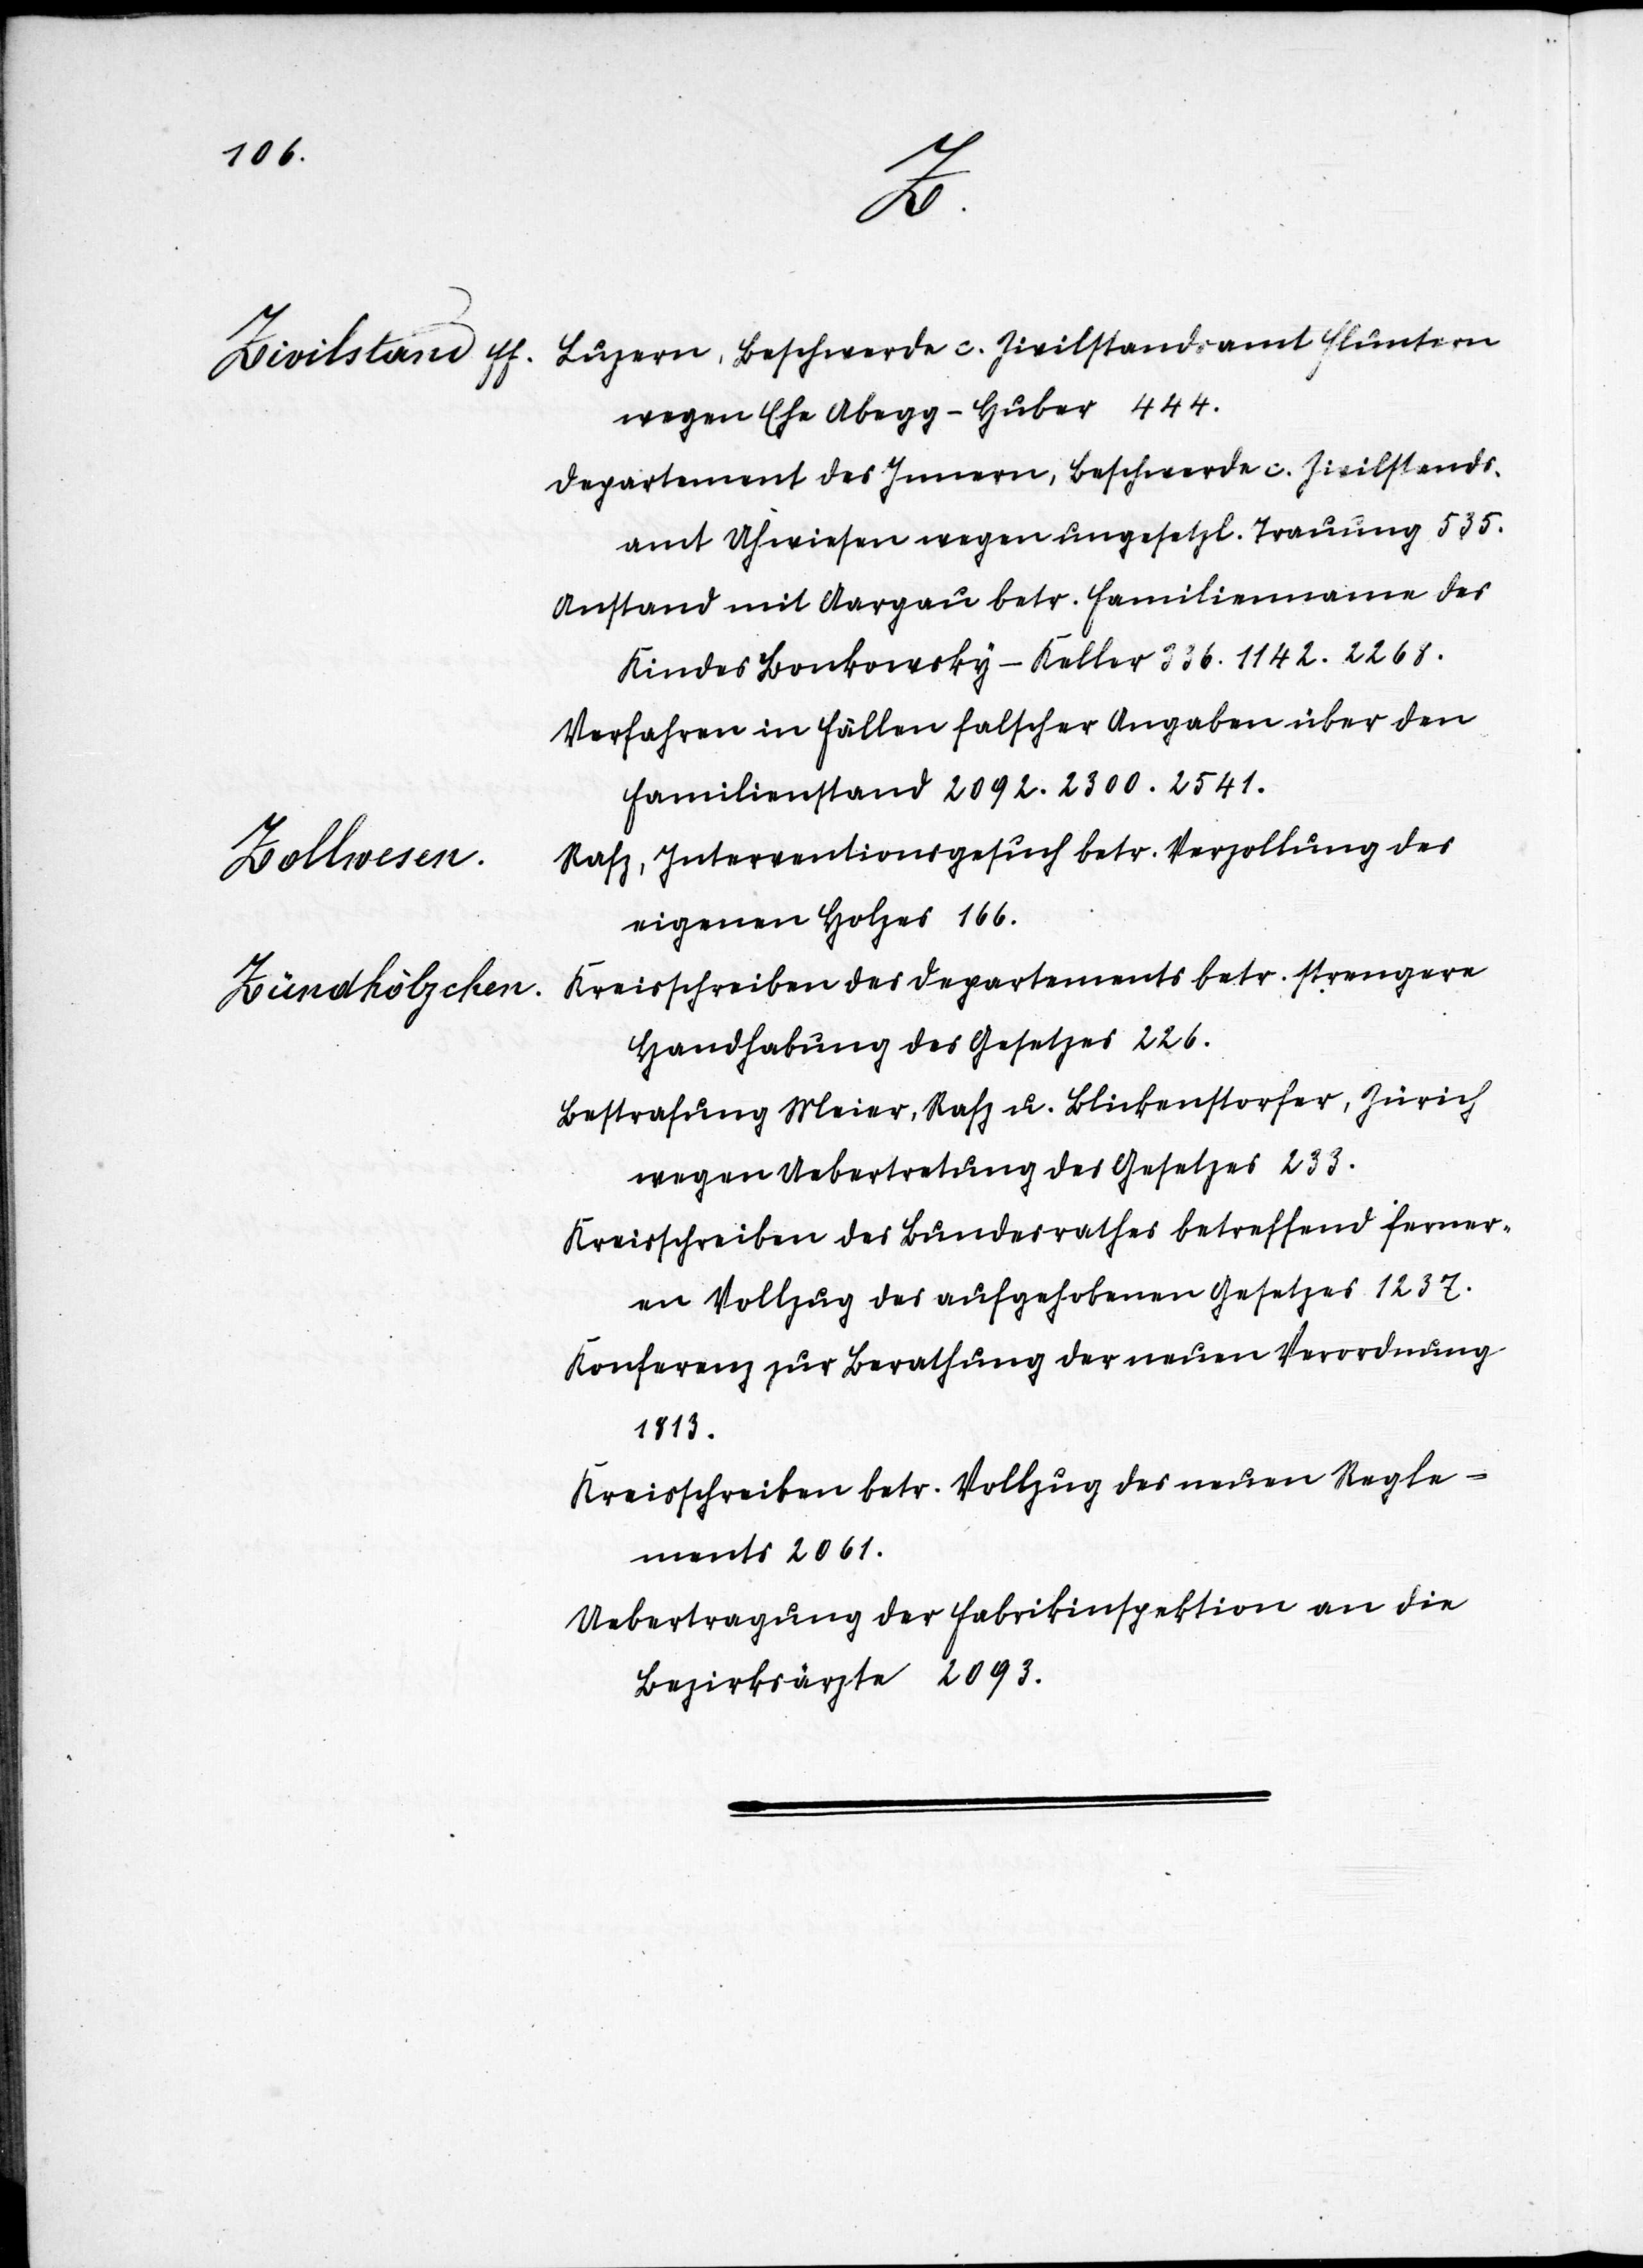
26.
Hr.
Brunn-
1882.